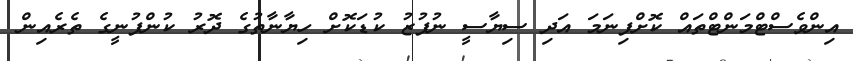
އިންވެސްޓްމަންޓްތައް ކޮށްފިނަމަ އަދި ސިޔާސީ ނުފުޒު ކުޑަކޮށް ހިޔާނާތުގެ ދޮރު ކުންފުނީގެ ތެރެއިން